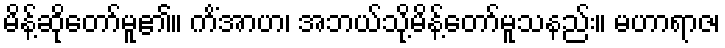
မိန့်ဆိုတော်မူ၏။ ကိံအာဟ၊ အဘယ်သို့မိန့်တော်မူသနည်း။ မဟာရာဇ၊